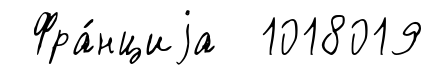
Фра́нциjа 1018019